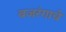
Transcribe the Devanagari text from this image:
बजरंगाचे